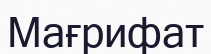
Мағрифат